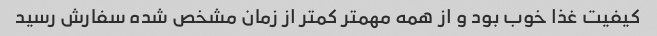
کیفیت غذا خوب بود و از همه مهمتر کمتر از زمان مشخص شده سفارش رسید